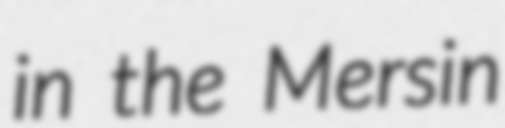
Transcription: in the Mersin